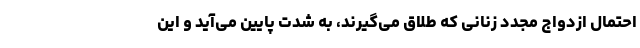
احتمال ازدواج مجدد زنانی که طلاق می‌گیرند، به شدت پایین می‌آید و این